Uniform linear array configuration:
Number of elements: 8
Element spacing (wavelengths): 0.75
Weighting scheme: cosine
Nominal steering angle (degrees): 60
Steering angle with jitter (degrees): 61.125
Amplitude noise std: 0.05
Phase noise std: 0.05

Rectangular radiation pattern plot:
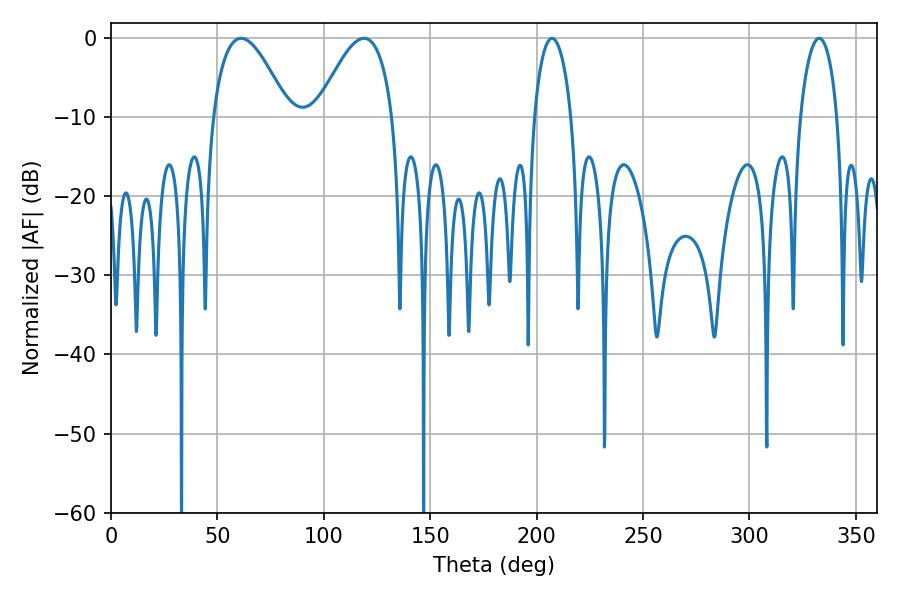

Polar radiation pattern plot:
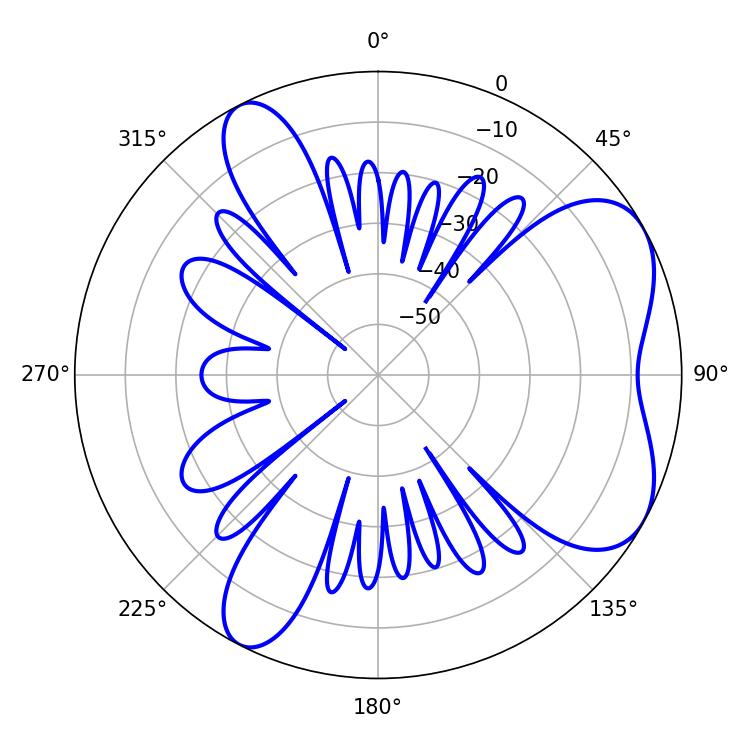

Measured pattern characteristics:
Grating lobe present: TRUE
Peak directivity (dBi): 6.043
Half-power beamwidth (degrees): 19.26
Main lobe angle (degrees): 61.2